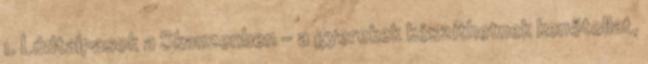
1. Lúdtalpasok a Skanzenben – a gyerekek készíthetnek kenőtollat,